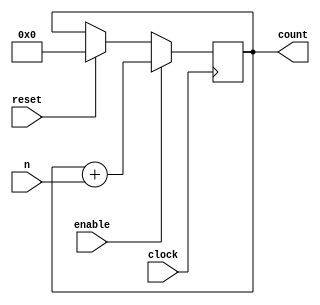
`timescale 1ns/100ps//the syetem has a time resolution of 100ps and use 1ns as the unit time step
module ncounter(

clock,
enable,
reset,
n,
count
);

parameter BIT_SZ=10;
input clock;
input enable;
input reset;
input [9:0]n;
output [BIT_SZ-1:0] count;

reg [BIT_SZ-1:0] count;

initial count=0;


always @(posedge clock)
if(enable==1'b1)
   count <= count +n;
else if (reset==1'b1)
   count <= 0;
	
endmodule